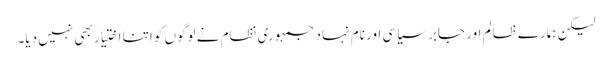
لیکن ہمارے ظالم اور جابر سیاسی اور نام نہاد جمہوری نظام نے لوگوں کو اتنا اختیار بھی نہیں دیا۔